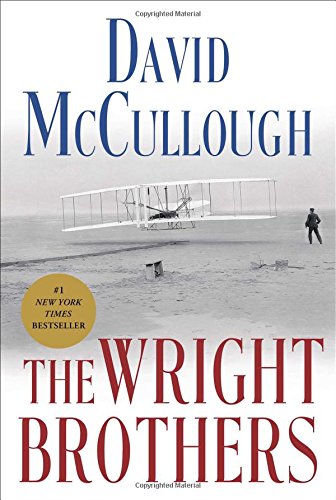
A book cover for The Wright Brothers; David McCullough; Engineering & Transportation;